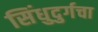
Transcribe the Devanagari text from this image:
सिंधुदुर्गचा